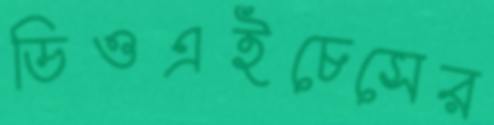
ডিওএইচেসের